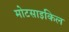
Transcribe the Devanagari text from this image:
मोटसाइकिल